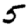
Digit: 5